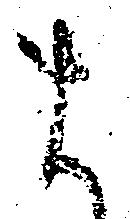
ま